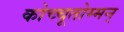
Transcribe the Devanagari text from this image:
कोच्चूतोम्मन्